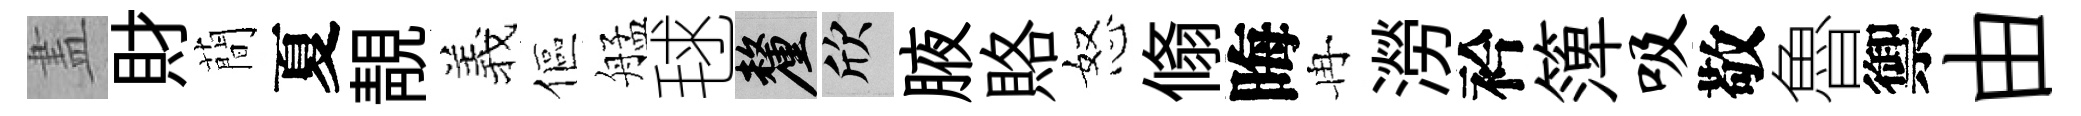
𥁞財蕳夏靚羲傴艋毬厘欣腋賂怒翛晦冉澇衿𥱼吸敬魯禦由